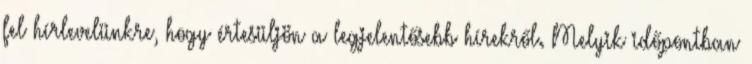
fel hírlevelünkre, hogy értesüljön a legjelentősebb hírekről. Melyik időpontban